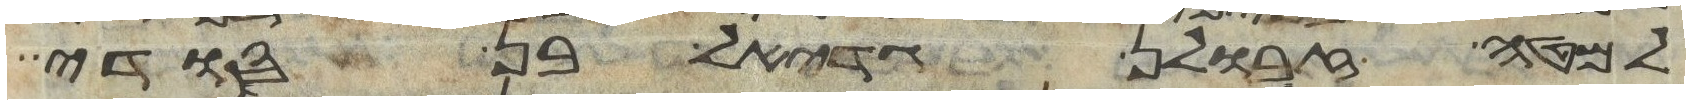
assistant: למטה זבולן גדיאל בן סודי